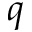
q